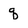
Character: q